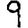
Digit: 9